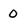
Character: 0